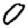
Digit: 0